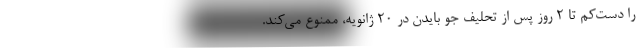
را دست‌کم تا ۲ روز پس از تحلیف جو بایدن در ۲۰ ژانویه، ممنوع می‌کند.